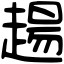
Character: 𧼮